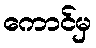
ကောင်မှ